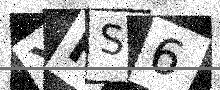
Text: XFS6